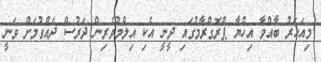
މިއަހަރު ބާއްވާ އިހްޔާ ޕްރޮގްރާމުގައި ދީނީ އެކި އިލްމުވެރިން ދަރުސް ދެއްވުމަށް ވަނީ